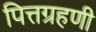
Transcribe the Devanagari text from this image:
पित्तग्रहणी